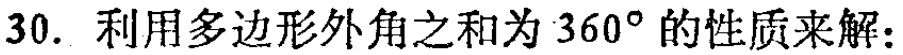
30. 利用多边形外角之和为 \(360^{\circ}\) 的性质来解：